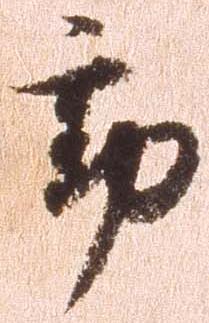
動